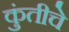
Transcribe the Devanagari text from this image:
कुंतीचे